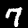
Digit: 7